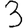
Digit: 3